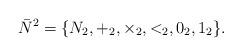
LaTeX: \begin{align*}\bar{N}^{2} =\{N_{2},+_{2},\times_{2},<_{2}, 0_{2},1_{2}\}. \end{align*}